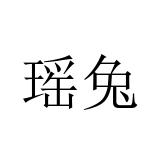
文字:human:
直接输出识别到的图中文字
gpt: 瑶兔